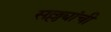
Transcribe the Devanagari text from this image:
सल्ल्यांची